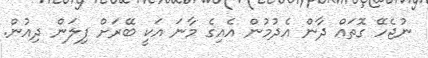
ނުޖެހޭ ގޮތައް ދާން އެދުމުން އެއިގެ މާނަ އަކީ ބޭރަށް ފިލަން ދިއުން.